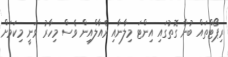
ރިޕޯޓްތައް ބުނާ ގޮތުގައި އިންޓަ މިލާނާއި ރެއާލްއިން ވެސް މިހާރު ވަނީ މިކަމަށް